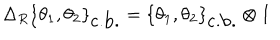
\Delta _ { R } \{ \theta _ { 1 } , \theta _ { 2 } \} _ { \mathrm { c . b . } } = \{ \theta _ { 1 } , \theta _ { 2 } \} _ { \mathrm { c . b . } } \otimes I